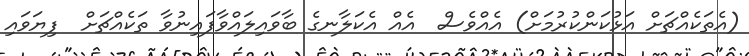
(އެތަކެއްޗަށް އަޅުކަންކުރުމަށް) އެއްވެސް  އެއް އެކަލާނގެ ބާވައިލައްވާފައިނުވާ ތަކެއްޗަށް  ފިޔަވައި